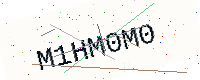
Text: M1HM0M0